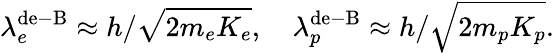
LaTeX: \lambda_{e}^{\mathrm{de-B}}\approx h/\sqrt{2m_{e}K_{e}},\quad\lambda_{p}^{\mathrm{de-B}}\approx h/\sqrt{2m_{p}K_{p}}.